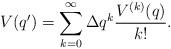
LaTeX: \begin{align*} V(q') = \sum_{k=0}^{\infty} \Delta q^k \frac{V^{(k)}(q)}{k!}.\end{align*}